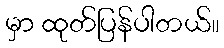
မှာ ထုတ်ပြန်ပါတယ်။